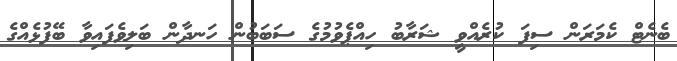
ބެނެޓް ކެމަރަން ސިފަ ކުރެއްވީ ޝަރާބު ހިއްޕެވުމުގެ ސަބަބުން ހަނދާން ބަލިވެފައިވާ ބޭފުޅެއްގެ